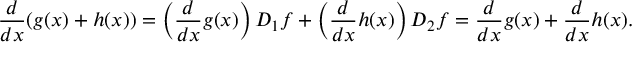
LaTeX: { \frac { d } { d x } } ( g ( x ) + h ( x ) ) = \left( { \frac { d } { d x } } g ( x ) \right) D _ { 1 } f + \left( { \frac { d } { d x } } h ( x ) \right) D _ { 2 } f = { \frac { d } { d x } } g ( x ) + { \frac { d } { d x } } h ( x ) .